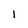
Character: l